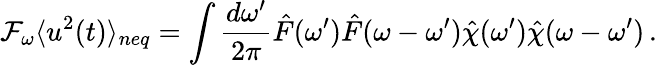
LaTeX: \mathcal{F}_{\omega}\langle u^{2}(t)\rangle_{neq}=\int\frac{d\omega^{\prime}}{2\pi}\hat{F}(\omega^{\prime})\hat{F}(\omega-\omega^{\prime})\hat{\chi}(\omega^{\prime})\hat{\chi}(\omega-\omega^{\prime})\, .